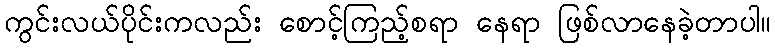
ကွင်းလယ်ပိုင်းကလည်း စောင့်ကြည့်စရာ နေရာ ဖြစ်လာနေခဲ့တာပါ။